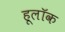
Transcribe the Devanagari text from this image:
हूलॉक